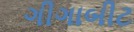
ગીગાબીટ